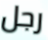
رجل